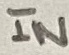
Text: IN